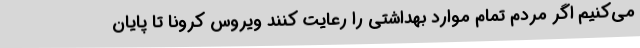
می‌کنیم اگر مردم تمام موارد بهداشتی را رعایت کنند ویروس کرونا تا پایان